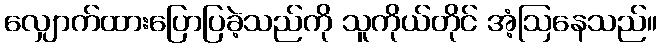
လျှောက်ထားပြောပြခဲ့သည်ကို သူကိုယ်တိုင် အံ့ဩနေသည်။